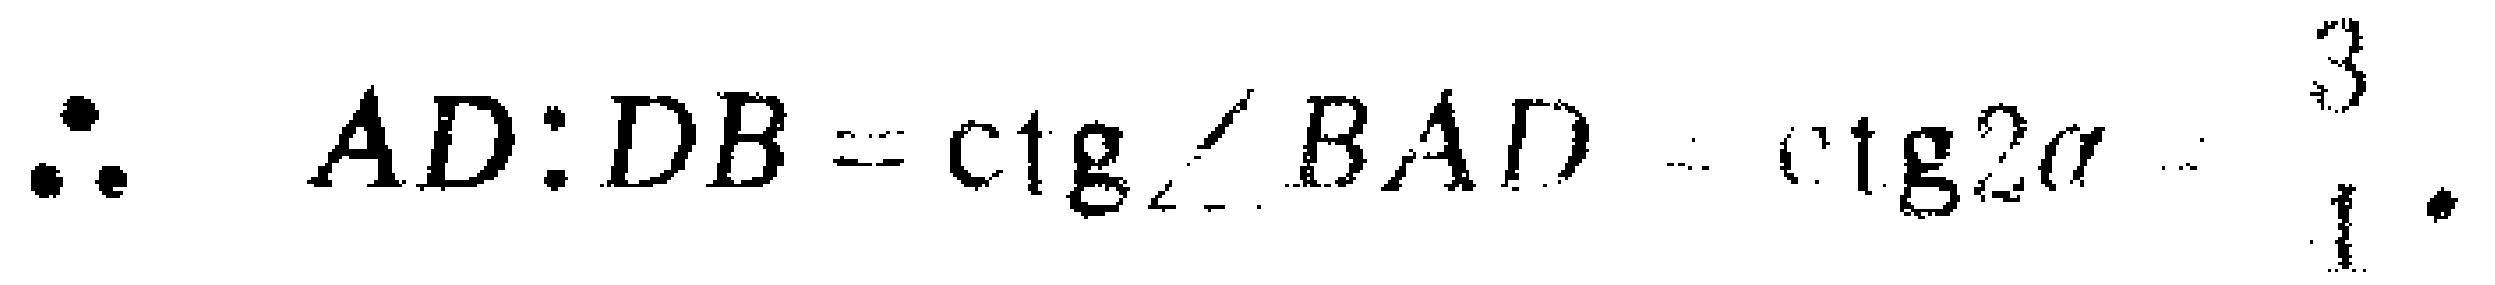
\(\therefore AD:DB = \text{ctg}\angle BAD=\text{ctg}2\alpha=\frac{3}{1}.\)